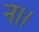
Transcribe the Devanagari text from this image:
न।।